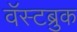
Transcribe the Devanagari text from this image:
वॅस्टब्रुक